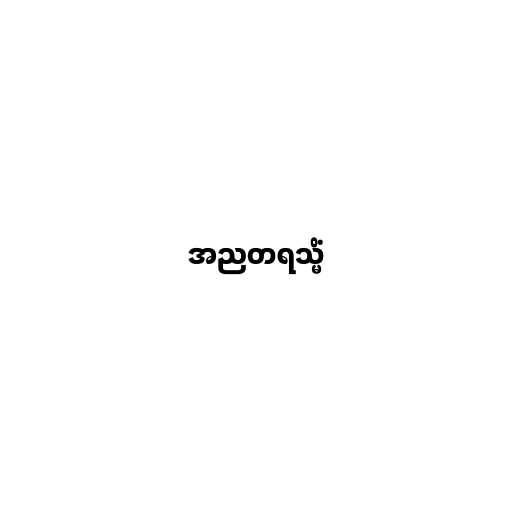
အညတရသ္မိံ